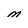
Character: M